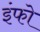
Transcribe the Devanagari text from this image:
इंफो